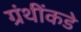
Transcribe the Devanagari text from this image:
ग्रंथींकडे